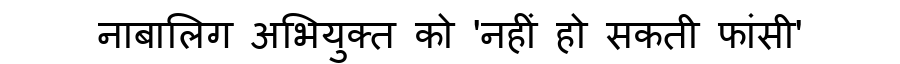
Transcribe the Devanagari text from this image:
नाबालिग अभियुक्त को 'नहीं हो सकती फांसी'